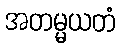
အတမ္မယတံ